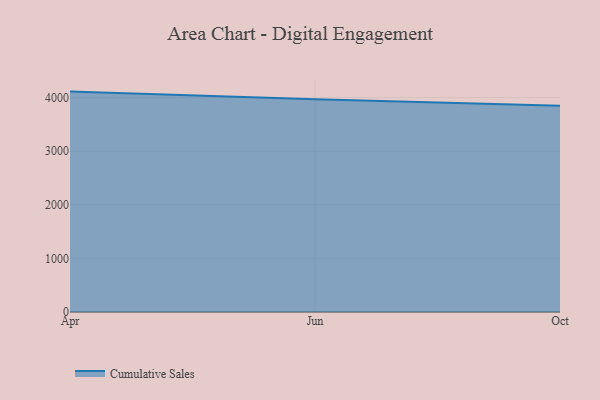
{"axis": {"x": "Month", "y": "Bounce Rate (%)"}, "legend": ["Cumulative Sales"], "data": [{"x": "Apr", "y": 4110.9, "type": "Cumulative Sales"}, {"x": "Jun", "y": 3970.0, "type": "Cumulative Sales"}, {"x": "Oct", "y": 3849.3, "type": "Cumulative Sales"}]}